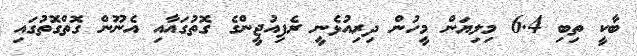
ބާކީ ތިބި 6.4 މިލިޔަން މީހުން ދިރިއުޅެނީ ރެފިއުޖީންގެ ގޮތުގައާއި އެނޫން ގޮތްގޮތުގައި